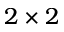
2 \times 2